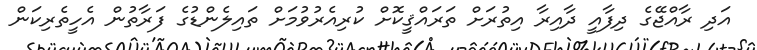
އަދި ރާއްޖޭގެ ދިފާއީ ދާއިރާ އިތުރަށް ތަރައްޤީކޮށް ކުރިއެރުވުމަށް ތައިލެންޑުގެ ފަރާތުން އެހީތެރިކަން